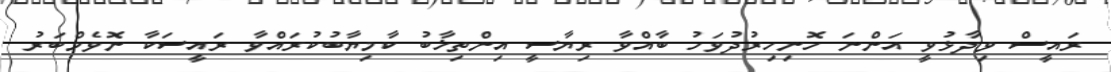
ރައީސް ވިދާޅުވީ އަންނަ ހޮނިހިރުދުވަހު ބާއްވާ ރިޔާސީ އިންތިޚާބު ކާމިޔާބުކުރައްވާ ރައީސަކާ ނޮވެމްބަރު